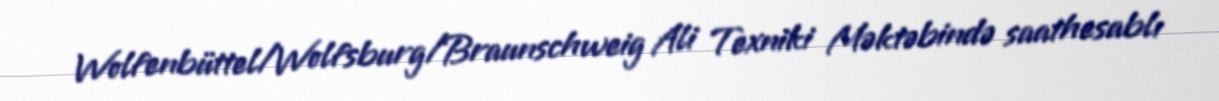
Wolfenbüttel/Wolfsburg/Braunschweig Ali Texniki Məktəbində saathesablı